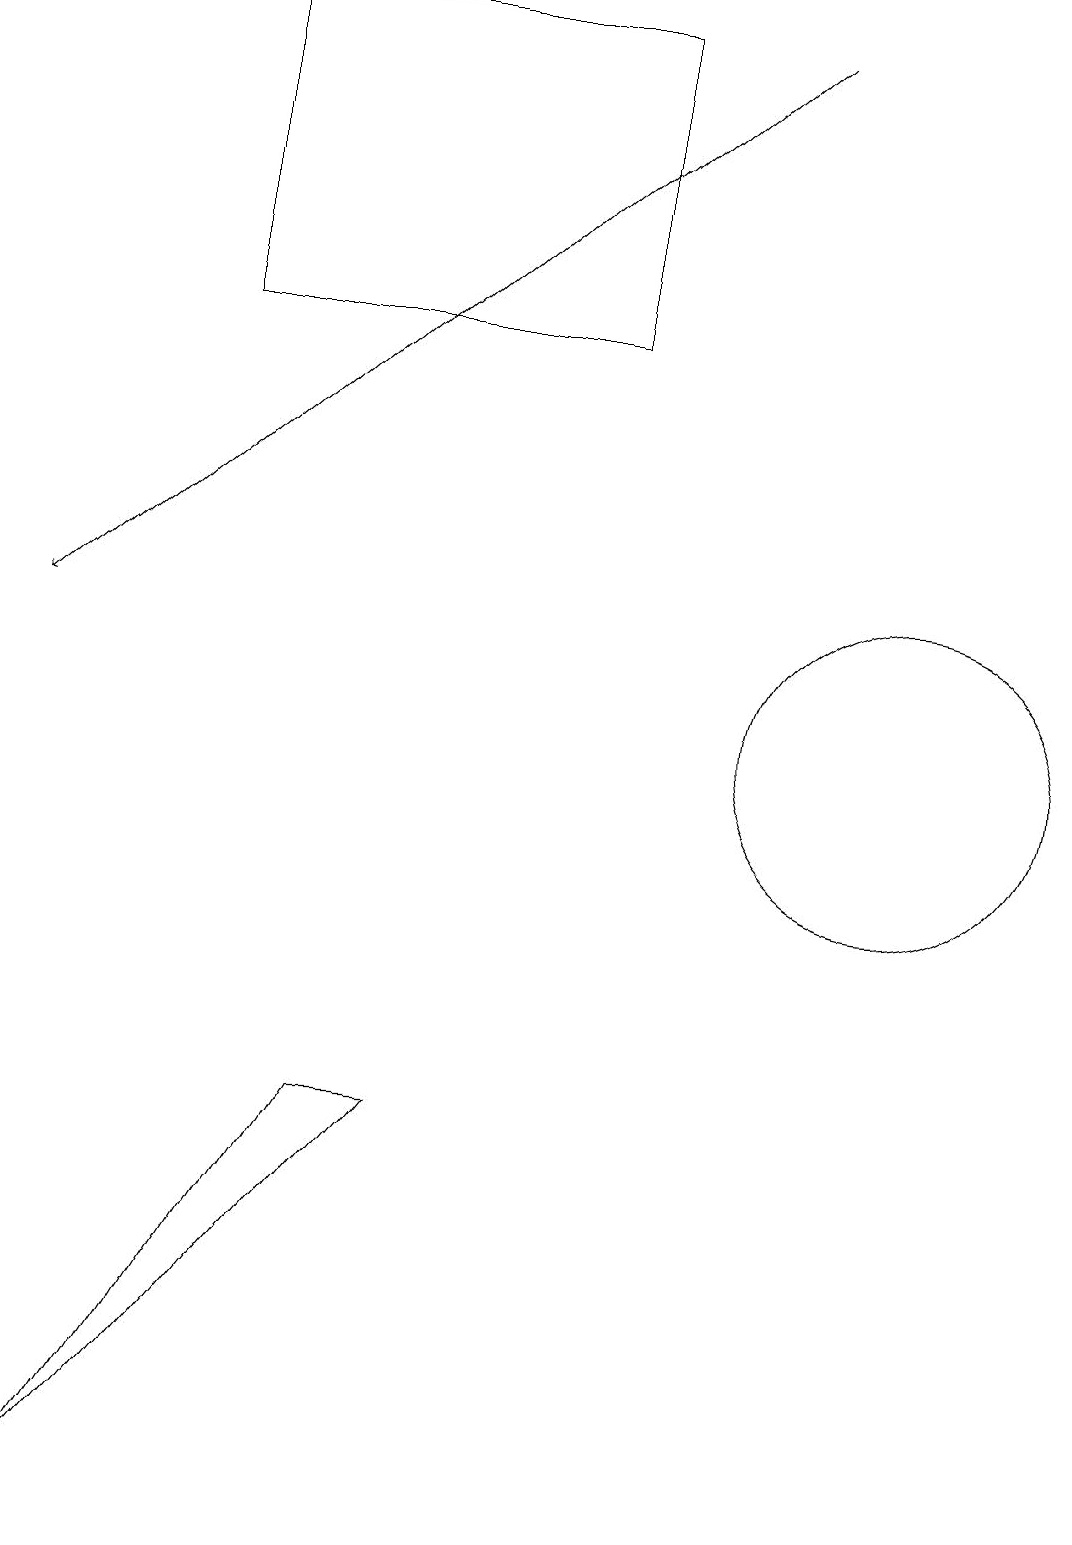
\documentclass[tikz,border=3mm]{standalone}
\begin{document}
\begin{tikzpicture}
\draw (7,15) rectangle (2,19);
\draw (11,10) circle (2);
\draw[->] (9,19) -- (0,11);
\draw (5,5) -- (1,0) -- (4,5) -- cycle;
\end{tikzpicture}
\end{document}